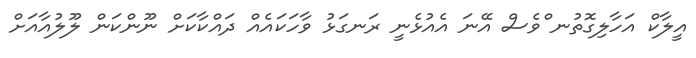
އީލާކް އަހާލިގޮތުނ ްވެސް އޭނަ އެއުޅެނީ ރަނގަޅު ވާހަކައެއް ދައްކާކަށް ނޫންކަން ލޫލުއާއަށް